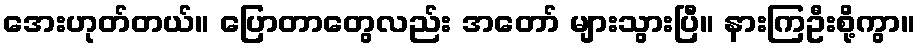
အေးဟုတ်တယ်။ ပြောတာတွေလည်း အတော် များသွားပြီ။ နားကြဦးစို့ကွာ။